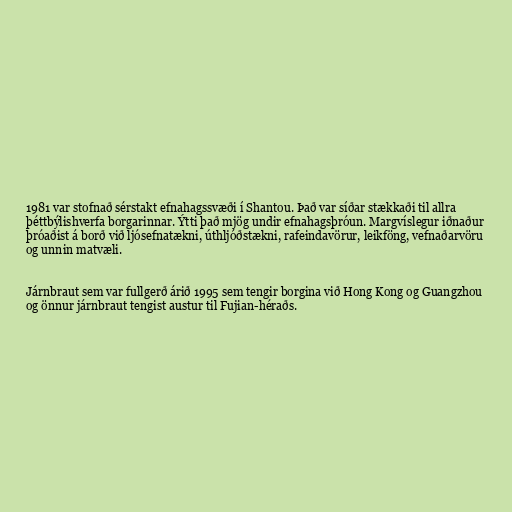
1981 var stofnað sérstakt efnahagssvæði í Shantou. Það var síðar stækkaði til allra
þéttbýlishverfa borgarinnar. Ýtti það mjög undir efnahagsþróun. Margvíslegur iðnaður
þróaðist á borð við ljósefnatækni, úthljóðstækni, rafeindavörur, leikföng, vefnaðarvöru
og unnin matvæli.

Járnbraut sem var fullgerð árið 1995 sem tengir borgina við Hong Kong og Guangzhou
og önnur járnbraut tengist austur til Fujian-héraðs.